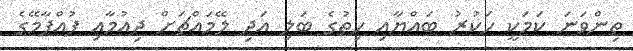
ތިންވަނަ ކަމަކީ ހަކުރު ބައްޔާއި ހިތުގެ ބަލި އަދި ލޭމައްޗަށް ދިއުމާއި ފުއްޕާމޭގެ